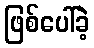
ဖြစ်ပေါ်ခဲ့